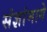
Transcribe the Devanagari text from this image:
संज्ञांमागे